Medical and sanitary report of the native army of Bengal for the year
Year: 1875
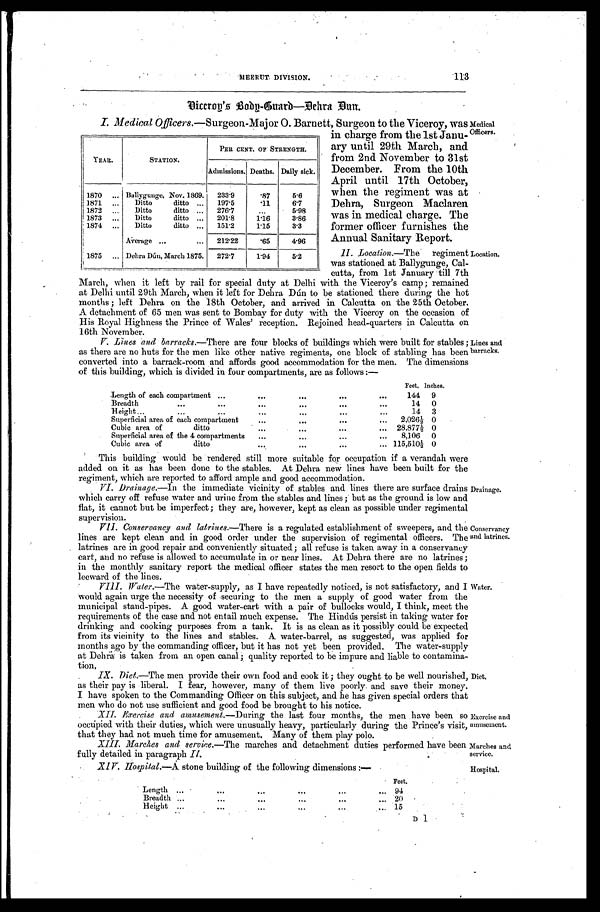
MEERUT DIVISION.
113
Viceroy's Body-Guard—Dehra Dun.
I. Medical Officers .—Surgeon-Major O. Barnett, Surgeon to the Viceroy, was
in charge from the 1st Janu
-ary until 29th March, and
from 2nd November to 31st
December. From the 10th
April until 17th October,
when the regiment was at
Dehra, Surgeon Maclaren
was in medical charge. The
former officer furnishes the
Annual Sanitary Report.
II. Location.—The regiment
was stationed at Ballygunge, Cal
-
cutta, from 1st January till 7th
March, when it left by rail for special duty at Delhi with the Viceroy's camp; remained
at Delhi until 29th March, when it left for Dehra Dún to be stationed there during the hot
months; left Dehra on the 18th October, and arrived in Calcutta on the 25th October.
A detachment of 65 men was sent to Bombay for duty with the Viceroy on the occasion of
His Royal Highness the Prince of Wales' reception. Rejoined head-quarters in Calcutta on
16th November.
V. Lines and barracks .—There are four blocks of buildings which were built for stables;
as there are no huts for the men like other native regiments, one block of stabling has been
converted into a barrack-room and affords good accommodation for the men. The dimensions
of this building, which is divided in four compartments, are as follows :—
Feet. Inches.
Length of each compartment . . .
144
9
Breadth . . .
14
0
Height . . .
14
3
Superficial area of each compartment . . .
2,026½ 0
Cubic area of ditto . . .
28,877½ 0
Superficial area of the 4 compartments . . .
8,106
0
Cubic area of ditto . . .
115,510½ 0
YEAR.
STATION.
PER CENT. OF STRENGTH.
Admissions. Deaths. Daily sick.
1870 . . . Ballygunge, Nov. 1869.
233.9
. 8 7
5.6
1871 . . .
Ditto ditto . . .
197.5
. 1 1
6.7
1872 . . .
Ditto ditto. . .
276.7
. . .
5.98
1873 . . .
Ditto ditto . . .
201.8
1. 16
3.86
1874 . . .
Ditto ditto . . .
151.2
1.15
3.3
Average . . .
212.22
. 6 5
4.96
1875 . . . Dehra Dún, March 1875.
272.7
1.94
5.2
Medical
Officers.
Location.
Lines and
barracks.
This building would be rendered still more suitable for occupation if a verandah were
added on it as has been done to the stables. At Dehra new lines have been built for the
regiment, which are reported to afford ample and good accommodation.
VI. Drainage.—In the immediate vicinity of stables and lines there are surface drains
which carry off refuse water and urine from the stables and lines; but as the ground is low and
flat, it cannot but be imperfect; they are, however, kept as clean as possible under regimental
supervision.
Drainage.
VII. Conservancy and latrines .—There is a regulated establishment of sweepers, and the
lines are kept clean and in good order under the supervision of regimental officers. The
latrines are in good repair and conveniently situated; all refuse is taken away in a conservancy
cart, and no refuse is allowed to accumulate in or near lines. At Dehra there are no latrines;
in the monthly sanitary report the medical officer states the men resort to the open fields to
leeward of the lines.
VIII. Water .—The water-supply, as I have repeatedly noticed, is not satisfactory, and I
would again urge the necessity of securing to the men a supply of good water from the
municipal stand-pipes. A good water-cart with a pair of bullocks would, I think, meet the
requirements of the case and not entail much expense. The Hindus persist in taking water for
drinking and cooking purposes from a tank. It is as clean as it possibly could be expected
from its vicinity to the lines and stables. A water-barrel, as suggested, was applied for
months ago by the commanding officer, but it has not yet been provided. The water-supply
at Dehra is taken from an open canal ; quality reported to be impure and liable to contamina
-
t i o n .
Conservancy
and latrines.
Water.
IX. Diet .—The men provide their own food and cook it; they ought to be well nourished,
as their pay is liberal. I fear however, many of them live poorly and save their money.
I have spoken to the Commanding Officer on this subject, and he has given special orders that
men who do not use sufficient and good food be brought to his notice.
X I I
. E x e r c i s e a n d a m u s e m e n t
. — D u r i n gt
h e l a s t f o u r m o n t h s , t h e m e n h a v e b e e n s o
occupied with their duties, which were unusually heavy, particularly during the Prince's visit,
that they had not much time for amusement. Many of them play polo.
Diet.
Exercise and
amusement.
XIII. Marches and service .—The marches and detachment duties performed have been
fully detailed in Paragraph II
.
Marches and
service.
XIV. Hospital.—A stone building of the following dimensions :—
L e n g t h . . .
Feet.
94
Breadth
.
.
. 20
Height . . .
15
Hospital.